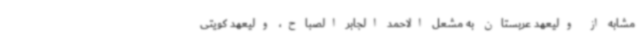
مشابه از ولیعهد عربستان به مشعل الاحمد الجابر الصباح،‌ ولیعهد کویتی